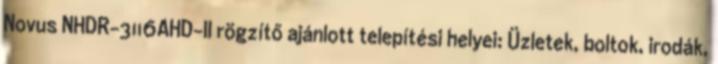
Novus NHDR-3116AHD-II rögzítő ajánlott telepítési helyei: Üzletek, boltok, irodák,